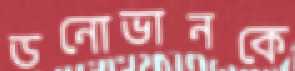
ডনোভানকে